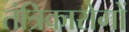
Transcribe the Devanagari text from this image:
तंत्रिकारोगों